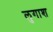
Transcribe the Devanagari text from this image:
लुगाश